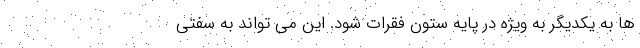
ها به یکدیگر به ویژه در پایه ستون فقرات شود. این می تواند به سفتی